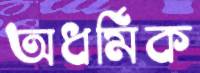
অধর্মিক